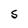
Character: S